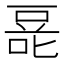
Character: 𰇿